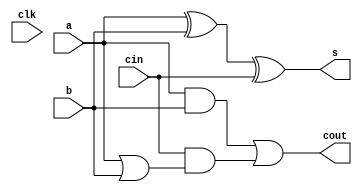
module full_adder(clk, a,b,cin,s,cout);
	input clk,a,b,cin;
	output s, cout;
	
	assign s = a ^ b ^ cin;
	assign cout = (a & b) | cin & (a | b);
endmodule


module half_adder (clk,a,b,s,cout);
	input clk,a,b;
	output s,cout;
	
	assign s = a ^ b;
	assign cout = a & b;
endmodule